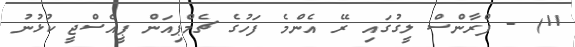
11) - ފްރާންސް ލީގުގައި ރޭ އެންމެ ފަހުގެ ޗެމްޕިއަން ޕީއެސްޖީ ކުޅުނު